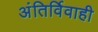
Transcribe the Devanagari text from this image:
अंतिर्विवाही